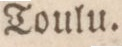
Toulu.